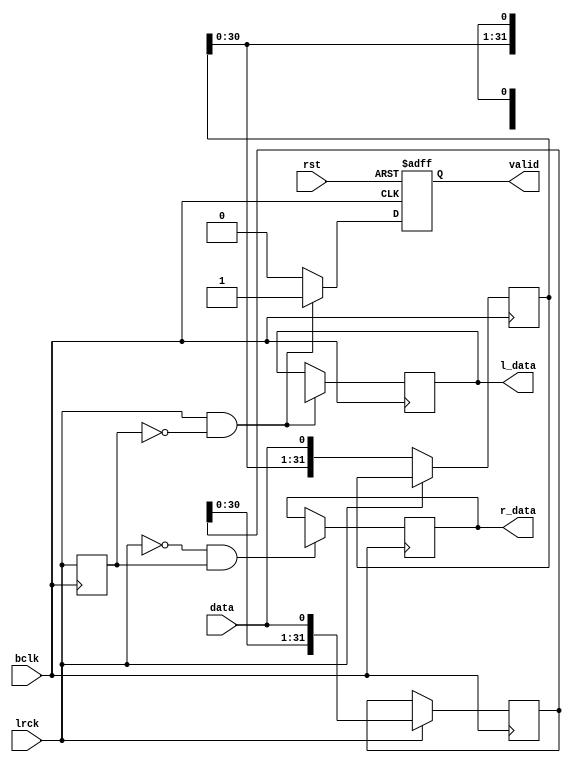
module i2s_rx#(
    parameter   DW = 32,
    parameter   TYPE = "I2S"
)(
    input               rst,
    input               lrck,
    input               bclk,
    input               data,

    output reg          valid  = 0,
    output reg [DW-1:0] l_data = 0,
    output reg [DW-1:0] r_data = 0
);

reg [8:0] bcnt;// max 512 fs
wire[8:0] bcnt_x;
wire        valid_x;

reg       lrck_q;
wire      lrck_rise;
wire      lrck_fall;

reg [31:0] l_shift = 0;
reg [31:0] r_shift = 0;


assign bcnt_x = (rst | lrck_rise | lrck_fall)? 9'b0 : bcnt + 1'b1;

always@(posedge bclk)
begin
    if(lrck) //right channel
        r_shift <= {r_shift[30:0], data};
    else
        l_shift <= {l_shift[30:0], data};

    lrck_q <= lrck;
    
    bcnt <= bcnt_x;

    if(lrck_fall)
        r_data <= TYPE == "RJUST" ? r_shift[DW-1:0] :
                  TYPE == "LJUST" ? r_shift[31 -: DW] : r_shift[30 -: DW];

    if(lrck_rise)
        l_data <= TYPE == "RJUST" ? l_shift[DW-1:0] :
                  TYPE == "LJUST" ? l_shift[31 -: DW] : l_shift[30 -: DW];
end

always@(posedge bclk or posedge rst)
begin
    if(rst)
        valid <= 1'b0;
    else if(lrck_rise)
        valid <= 1'b1;
    else
        valid <= 1'b0;
end


assign lrck_rise = lrck & !lrck_q;
assign lrck_fall = !lrck & lrck_q;



endmodule